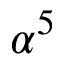
\alpha ^ { 5 }